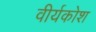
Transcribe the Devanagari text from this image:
वीर्यकोश